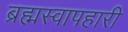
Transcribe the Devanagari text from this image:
ब्रह्मस्वापहारी